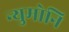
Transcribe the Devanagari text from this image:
न्युमोनि